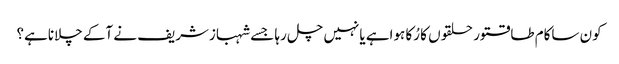
کون ساکام طاقتور حلقوں کا رُکا ہواہے یانہیں چل رہا جسے شہبازشریف نے آکے چلاناہے؟